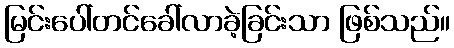
မြင်းပေါ်တင်ခေါ်လာခဲ့ခြင်းသာ ဖြစ်သည်။